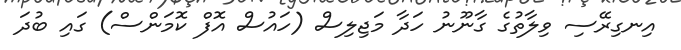
އިނގިރޭސި ވިލާތުގެ ގާނޫނު ހަދާ މަޖިލިސް (ހައުސް އޮފް ކޮމަންސް) ގައި ބުދަ